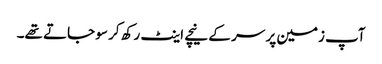
آپ زمین پر سر کے نیچے اینٹ رکھ کر سو جاتے تھے۔